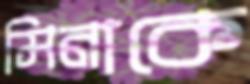
মিনাকে